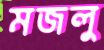
মজলু